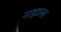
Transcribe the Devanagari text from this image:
गाइटलर